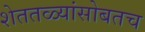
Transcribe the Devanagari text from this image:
शेततळ्यांसोबतच